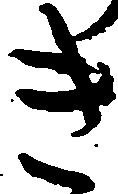
き